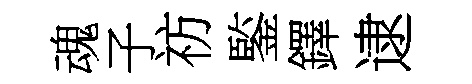
魂子祊鍳鐸逮